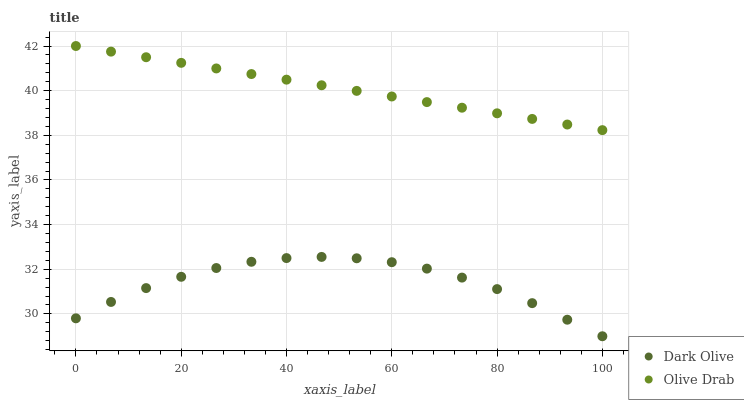
| xaxis_label | Dark Olive | Olive Drab |
 | --- | --- | --- |
 | 0 | 29.8 | 42 |
 | 6.67 | 30.5 | 41.7 |
 | 13.3 | 31.2 | 41.5 |
 | 20 | 31.7 | 41.2 |
 | 26.7 | 32.1 | 41 |
 | 33.3 | 32.3 | 40.7 |
 | 40 | 32.5 | 40.5 |
 | 46.7 | 32.6 | 40.2 |
 | 53.3 | 32.5 | 40 |
 | 60 | 32.3 | 39.7 |
 | 66.7 | 32 | 39.5 |
 | 73.3 | 31.6 | 39.2 |
 | 80 | 31.1 | 39 |
 | 86.7 | 30.5 | 38.7 |
 | 93.3 | 29.7 | 38.5 |
 | 100 | 29 | 38.2 |